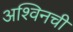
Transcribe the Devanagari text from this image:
अश्विनची